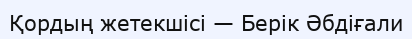
Қордың жетекшісі — Берік Әбдіғали